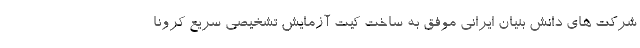
شرکت های دانش بنیان ایرانی موفق به ساخت کیت آزمایش تشخیصی سریع کرونا